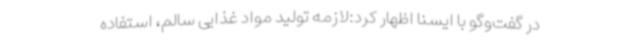
در گفت‌وگو با ایسنا اظهار کرد:لازمه تولید مواد غذایی سالم، استفاده